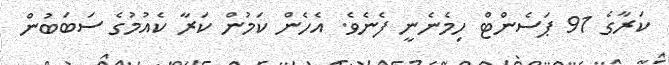
ކަރާގެ 91 ޕަސެންޓް ހިމެނެނީ ފެނެވެ. އެހެން ކަމުން ކަރާ ކެއުމުގެ ސަބަބުން